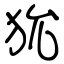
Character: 狁